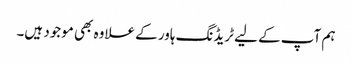
ہم آپ کے لیے ٹریڈنگ ہاور کے علاوہ بھی موجود ہیں۔